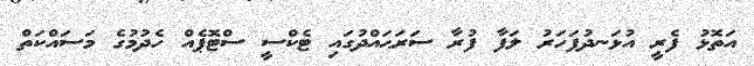
އަތޮޅު ފެރީ އުޅަނދުފަހަރު ލަފާ ފުރާ ސަރަޙައްދުގައި ޓެކްސީ ސްޓޮޕެއް ހެދުމުގެ މަސައްކަތް